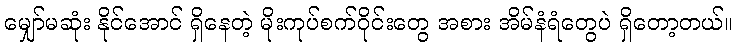
မျှော်မဆုံး နိုင်အောင် ရှိနေတဲ့ မိုးကုပ်စက်ဝိုင်းတွေ အစား အိမ်နံရံတွေပဲ ရှိတော့တယ်။